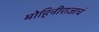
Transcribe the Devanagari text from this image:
मोहिनीराजाचं